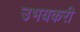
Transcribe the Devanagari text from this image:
उभयकरी